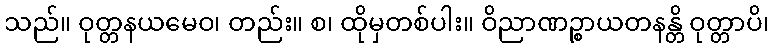
သည်။ ဝုတ္တနယမေဝ၊ တည်း။ စ၊ ထိုမှတစ်ပါး။ ဝိညာဏဉ္စာယတနန္တိ ဝုတ္တာပိ၊